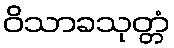
ဝိသာခသုတ္တံ